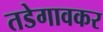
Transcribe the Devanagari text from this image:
तडेगावकर